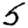
Digit: 5